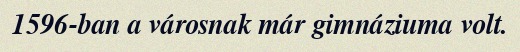
1596-ban a városnak már gimnáziuma volt.